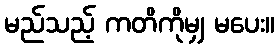
မည်သည့် ကတိကိုမျှ မပေး။